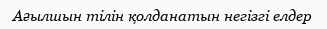
Ағылшын тілін қолданатын негізгі елдер